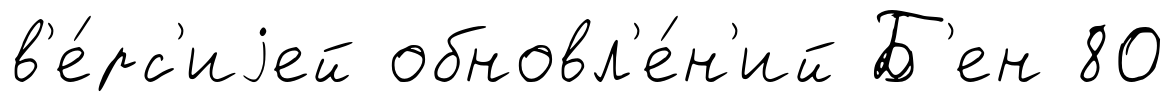
в'е́рс'иjей обновл'е́н'ий Б'ен 80